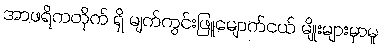
အာဖရိကတိုက် ရှိ မျက်ကွင်းဖြူမျောက်ငယ် မျိုးများမှာမူ